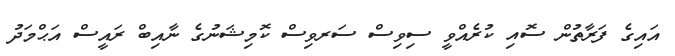
އައިގެ ފަރާތުން ސޮއި ކުރެއްވީ ސިވިސް ސަރވިސް ކޮމިޝަނުގެ ނާއިބް ރައީސް އަޙްމަދު